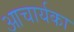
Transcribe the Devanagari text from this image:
आचार्यका